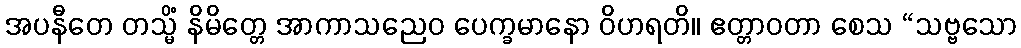
အပနီတေ တသ္မိံ နိမိတ္တေ အာကာသညေဝ ပေက္ခမာနော ဝိဟရတိ။ ဧတ္တာဝတာ စေသ “သဗ္ဗသော